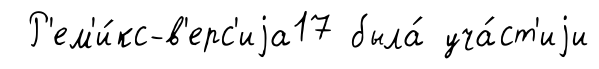
Р'ем'и́кс-в'ерс'иjа17 была́ уча́ст'иjи